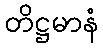
တိဋ္ဌမာနံ